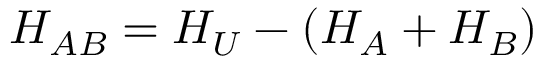
H _ { A B } = H _ { U } - ( H _ { A } + H _ { B } )